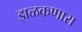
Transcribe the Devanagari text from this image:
झळकणारा